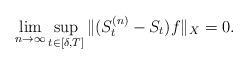
LaTeX: \begin{align*} \lim_{n\to\infty} \sup_{t\in [\delta ,T]} \| (S_t^{(n)} - S_t )f\|_X = 0 .\end{align*}